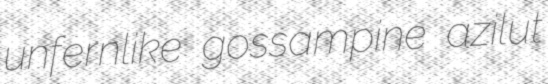
unfernlike gossampine azilut